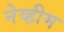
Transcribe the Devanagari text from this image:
नेव्हीम